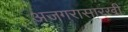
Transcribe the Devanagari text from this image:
अजगरासारखी